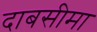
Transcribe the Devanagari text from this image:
दाबसीमा